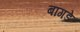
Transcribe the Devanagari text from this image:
बांगडे